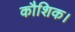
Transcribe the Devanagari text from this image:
कौशिक।